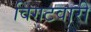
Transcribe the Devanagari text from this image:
विगटवारी